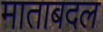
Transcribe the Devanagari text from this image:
माताबदल